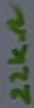
Text: 22KΩ